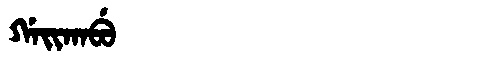
Manchu: ᡤᠠᡳᡴᠠᠪᡠ
Romanization: GAIKABU